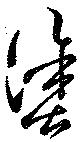
塗